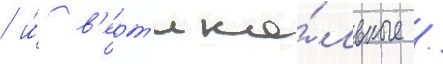
/ и́ в'ерт'ика́льные /